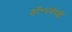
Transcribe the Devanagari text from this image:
डॉ॰सर्वपल्ली